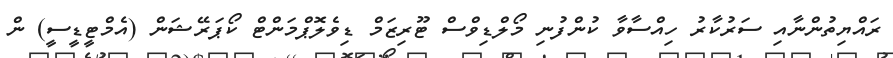
ރައްޔިތުންނާއި ސަރުކާރު ހިއްސާވާ ކުންފުނި މޯލްޑިވްސް ޓޫރިޒަމް ޑިވެލޮޕްމަންޓް ކޯޕަރޭޝަން (އެމްޓީޑީސީ) ން